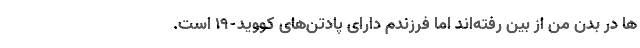
ها در بدن من از بین رفته‌اند اما فرزندم دارای پادتن‌های کووید-۱۹ است.